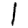
Digit: 1